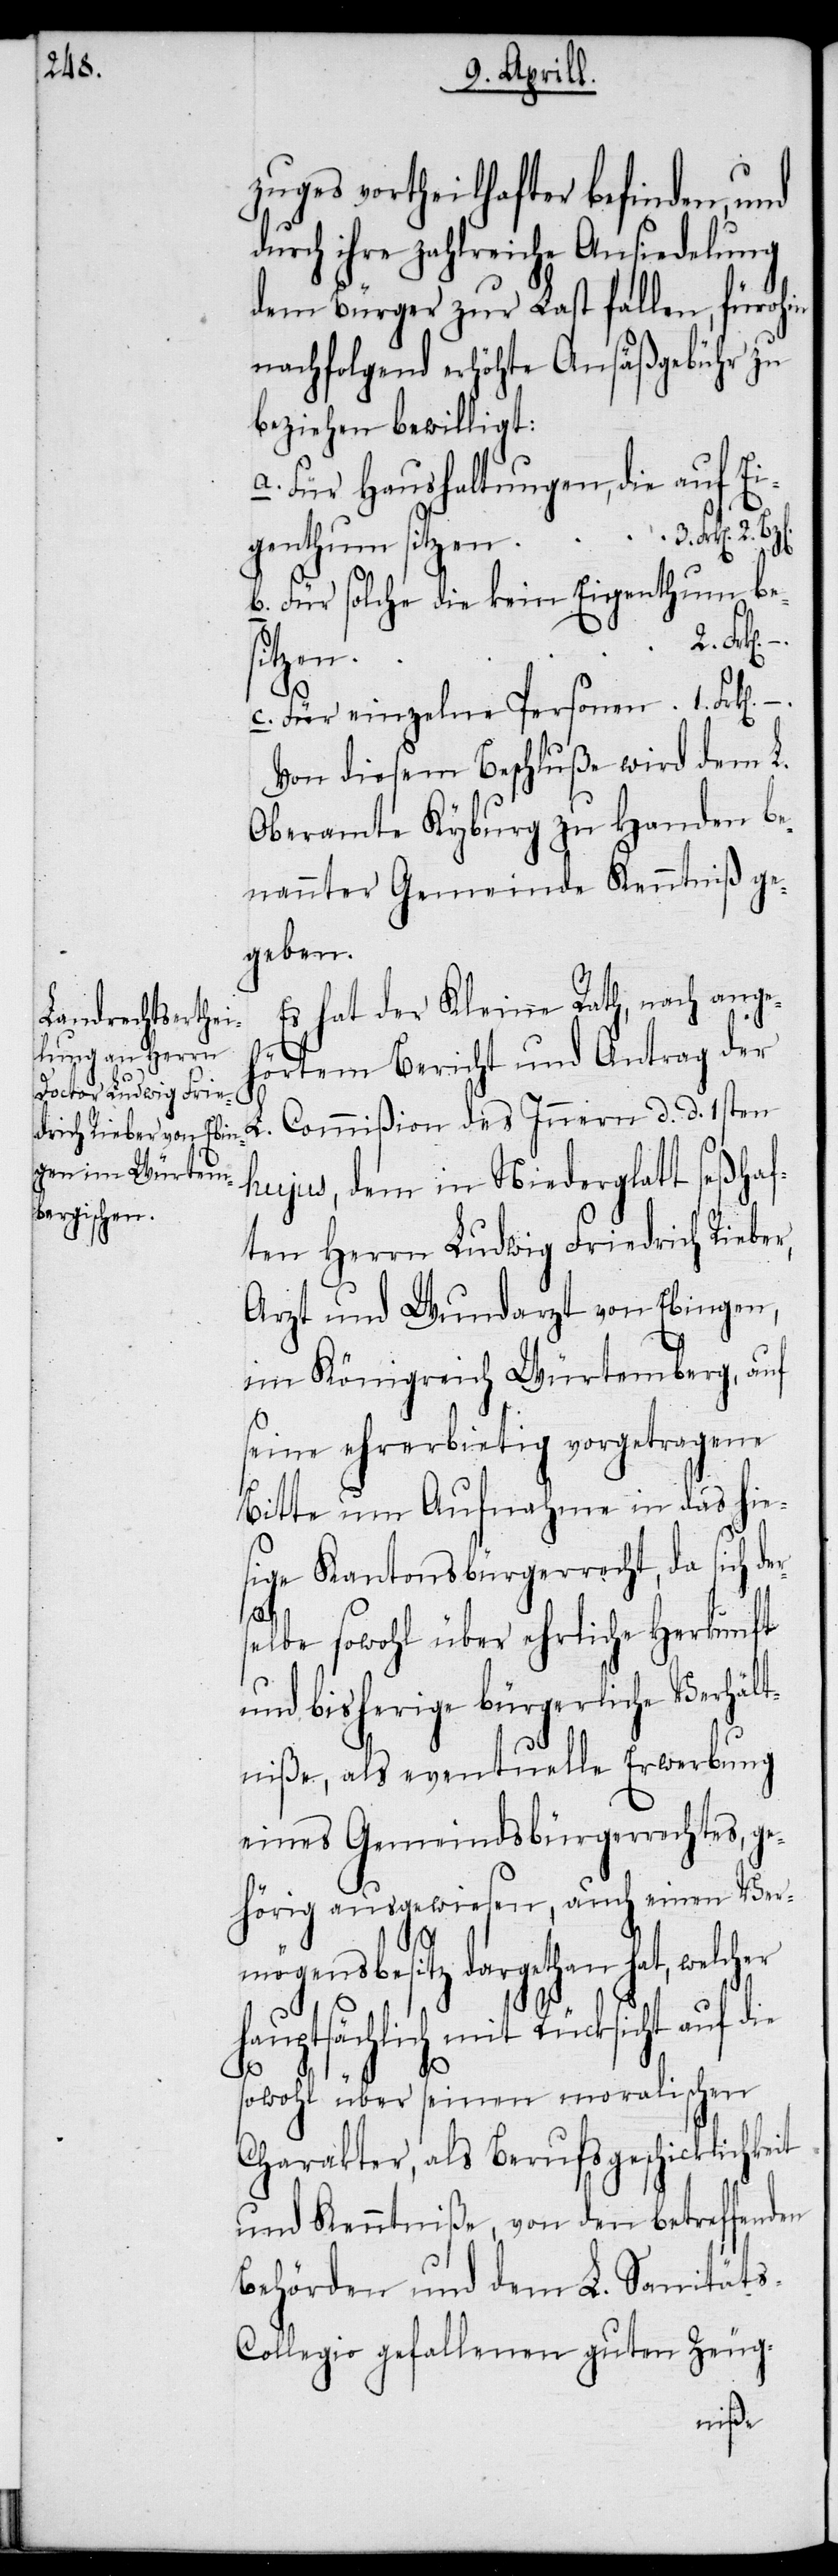
zuges vortheilhafter befinden, und
durch ihre zahlreiche Ansiedelung
dem Bürger zur Last fallen, fürohin
nachfolgend erhöhte Ansäßgebühr zu
beziehen bewilligt:
a. Für Haushaltungen, die auf Ei¬
b. Für solche die kein Eigenthum be¬
zelne
Von diesem Beschluße wird dem L.
Oberamte Kyburg zu Handen be¬
nannter Gemeinde Kenntniß ge¬
geben.
Es hat der Kleine Rath, nach ange¬
hörtem Bericht und Antrag der
Commißion des Innern d. d. 1sten
hujus, dem in Niederglatt seßhaf¬
ten Herrn Ludwig Friedrich Rieber,
Arzt und Wundarzt von Ebingen,
im Königreich Würtemberg, auf
seine ehrerbietig vorgetragene
Bitte um Aufnahme in das hie¬
sige Kantonsbürgerrecht, da sich de¬
r¬
selbe sowohl über ehrliche Herkunft
und bisherige bürgerliche Verhält¬
niße, als eventuelle Erwerbung
eines Gemeindsbürgerrechtes, ge¬
hörig ausgewiesen, auch einen Ver¬
s-C¬
mögensbesitz dargethan hat, welch¬
hauptsächlich mit Rücksicht auf die
er
sowohl über seinen moralischen
Charakter, als Berufsgeschicklichkeit
und Kenntniße, von den betreffenden
Behörden und dem L. Sanität¬
ollegio gefallenen guten Zeug-